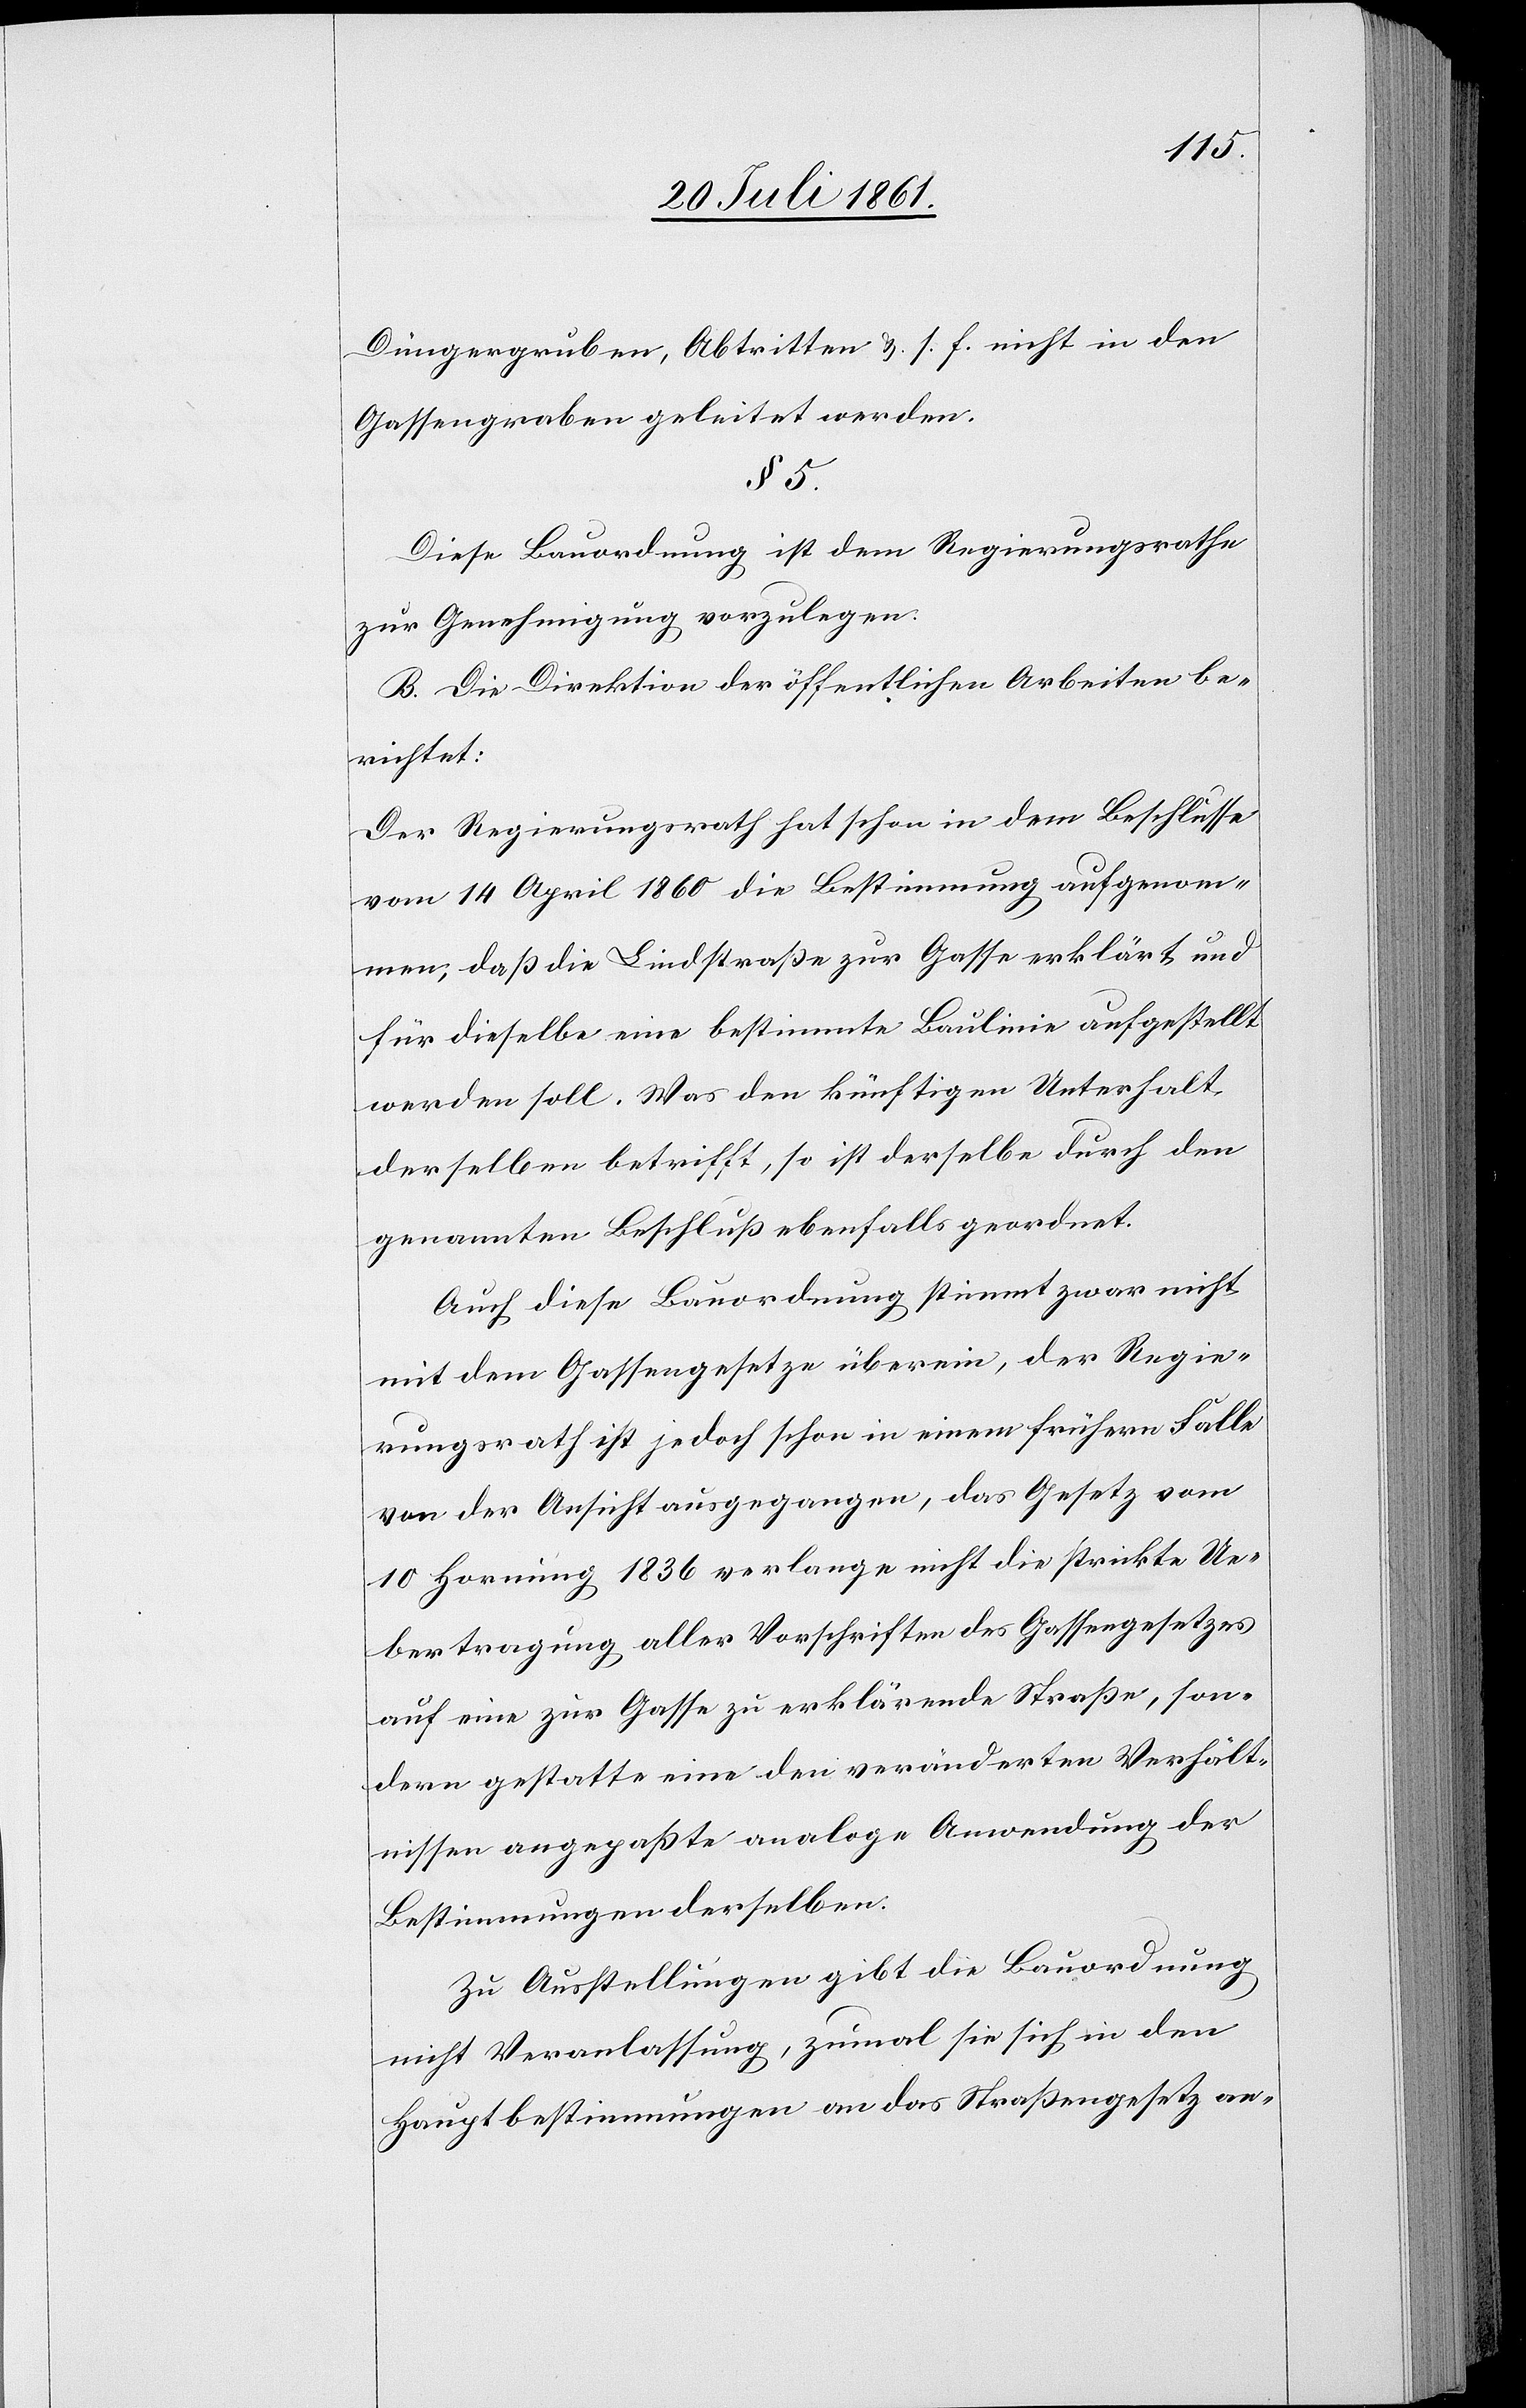
Düngergruben, Abtritten u. s. f. nicht in den
Gassengraben geleitet werden.
§ 5.
Diese Bauordnung ist dem Regierungsrathe
zur Genehmigung vorzulegen.
B. Die Direktion der öffentlichen Arbeiten be¬
richtet:
Der Regierungsrath hat schon in dem Beschlusse
vom 14 April 1860 die Bestimmung aufgenom¬
men, daß die Lindstraße zur Gasse erklärt und
für dieselbe eine bestimmte Baulinie aufgestellt
werden soll. Was den künftigen Unterhalt
derselben betrifft, so ist derselbe durch den
genannten Beschluß ebenfalls geordnet.
Auch diese Bauordnung stimmt zwar nicht
mit dem Gassengesetze überein, der Regie¬
rungsrath ist jedoch schon in einem frühern Falle
von der Ansicht ausgegangen, das Gesetz vom
10 Hornung 1836 verlange nicht die strickte Ue¬
bertragung, aller Vorschriften des Gassengesetzes
auf eine zur Gasse zu erklärende Straße, son¬
dern gestatte eine drei veränderten Verhält¬
nisse angepaßte analoge Anwendung der
Bestimmungen derselben.
Zu Ausstellungen gibt die Bauordnung
nicht Veranlaßung, zumal sie sich in den
Hauptbestimmungen an das Straßengesetz an-